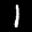
Label: 1